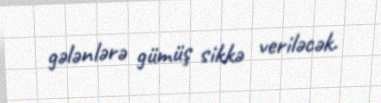
gələnlərə gümüş sikkə veriləcək.